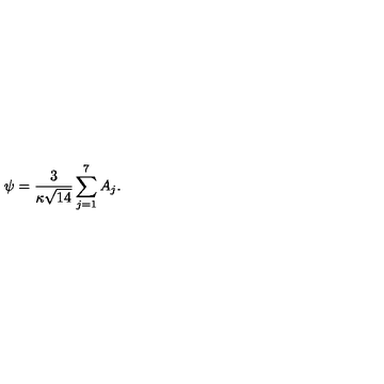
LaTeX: { \psi = \frac { 3 } { \kappa \sqrt { 1 4 } } \sum _ { j = 1 } ^ { 7 } A _ { j } . }